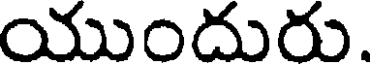
యుందురు.